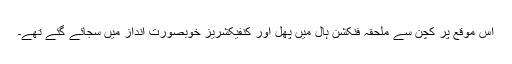
اس موقع پر کچن سے ملحقہ فنکشن ہال میں پھل اور کنفیکشریز خوبصورت انداز میں سجائے گئے تھے۔